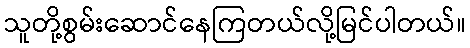
သူတို့စွမ်းဆောင်နေကြတယ်လို့မြင်ပါတယ်။